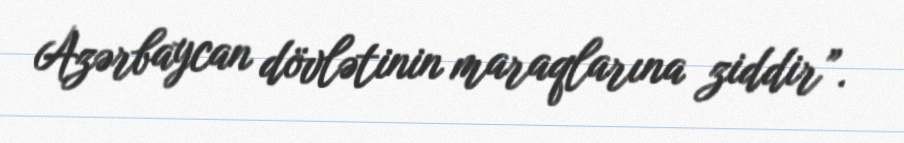
Azərbaycan dövlətinin maraqlarına ziddir”.